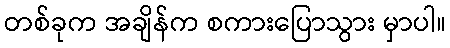
တစ်ခုက အချိန်က စကားပြောသွား မှာပါ။